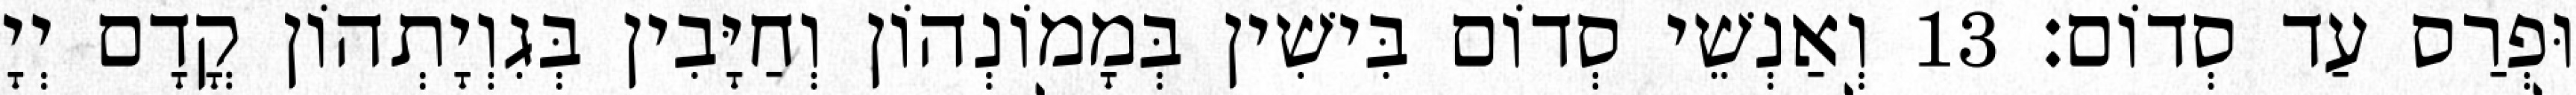
וּפְרַס עַד סְדוֹם׃ 13 וְאַנְשֵׁי סְדוֹם בִּישִׁין בְּמָמוֹנְהוֹן וְחַיָּבִין בְּגִוְיָתְהוֹן קֳדָם יְיָ